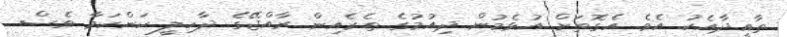
ތާއީދާއެކު އެވެ. އެގޮތަށް އުޅެމުން ދިއުމުގެ ތެރެއިން ރާއްޖޭގެ ދާހިލީ ކަންކަމާ ވެސް